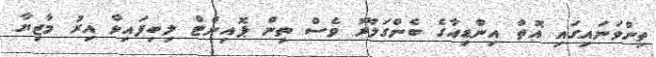
ތިންވަނައިގައި އޮތް އިންޑިއާގެ ބެންގަލޫރު ވެސް ތިން ޕޮއިންޓް ލިބިފައިވާ އިރު މާޒިޔާ